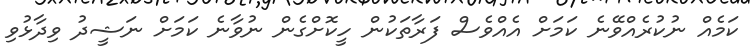
ކަމެއް ނުކުރެއްވޭނެ ކަމަށް އެއްވެސް ފަރާތަކުން ހީކޮށްގެން ނުވާނެ ކަމަށް ނަޝީދު ވިދާޅުވި